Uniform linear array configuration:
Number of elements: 48
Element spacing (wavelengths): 1
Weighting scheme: binomial
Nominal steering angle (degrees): -60
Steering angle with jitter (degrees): -59.748
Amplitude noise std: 0.05
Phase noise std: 0.05

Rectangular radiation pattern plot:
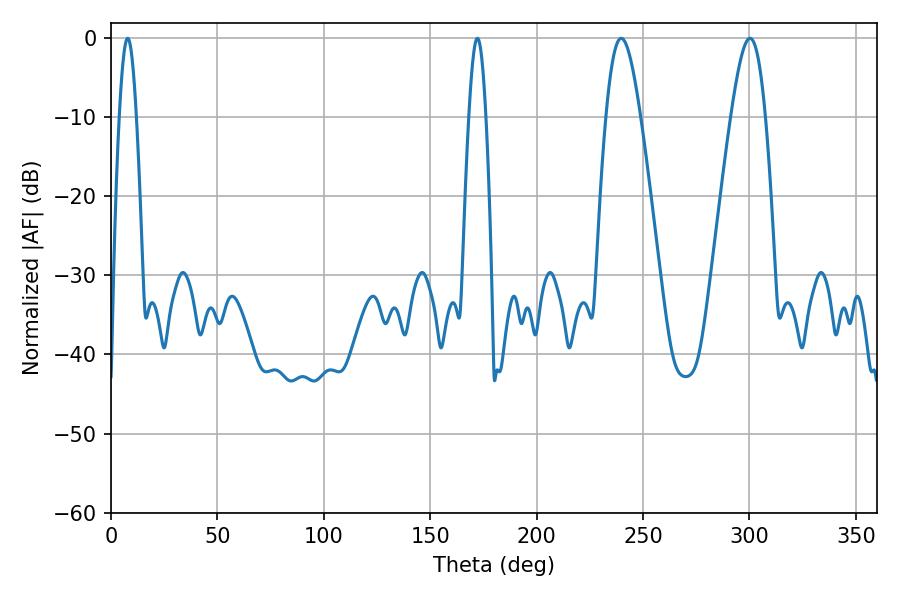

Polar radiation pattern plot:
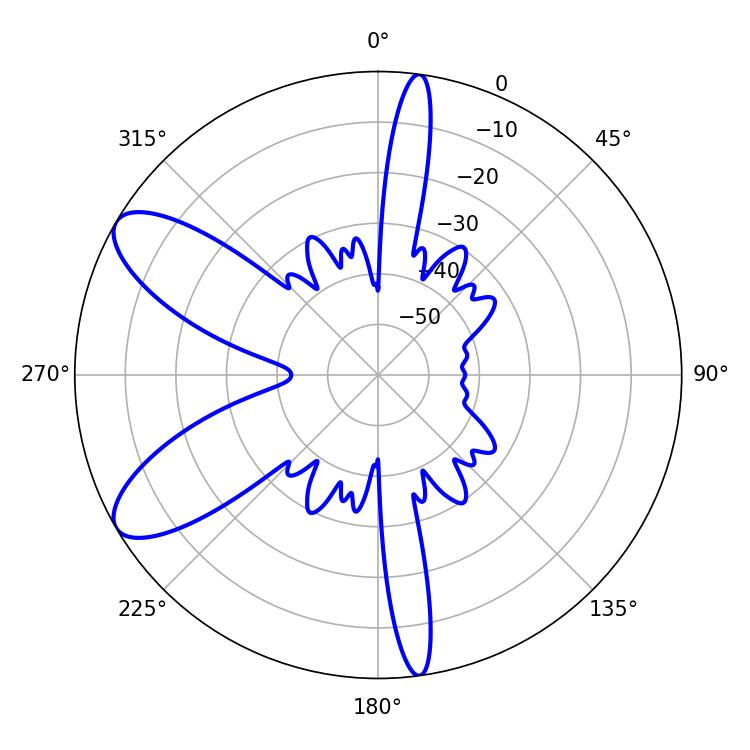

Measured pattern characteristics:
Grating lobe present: TRUE
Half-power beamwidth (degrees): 8.64
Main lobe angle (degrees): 239.76